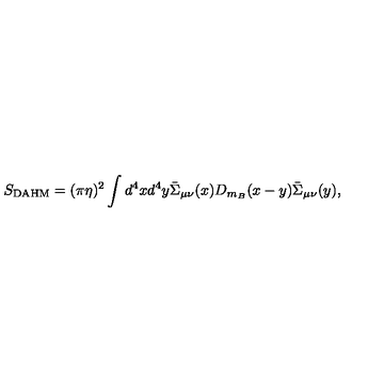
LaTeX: S _ { \mathrm { D A H M } } = ( \pi \eta ) ^ { 2 } \int d ^ { 4 } x d ^ { 4 } y \bar { \Sigma } _ { \mu \nu } ( x ) D _ { m _ { B } } ( x - y ) \bar { \Sigma } _ { \mu \nu } ( y ) ,